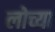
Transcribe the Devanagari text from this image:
लोच्या